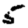
Digit: 5